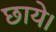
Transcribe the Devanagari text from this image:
छाये।